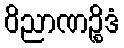
ဝိညာဏဉ္စိဒံ